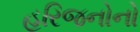
હરિજનોનો